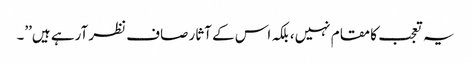
یہ تعجب کا مقام نہیں، بلکہ اس کے آثار صاف نظر آرہے ہیں’’۔